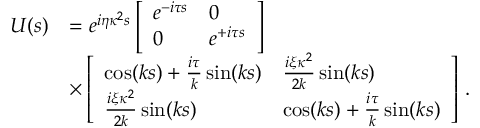
\begin{array} { r l } { U ( s ) } & { = e ^ { i \eta \kappa ^ { 2 } s } \left[ \begin{array} { l l } { e ^ { - i \tau s } } & { 0 } \\ { 0 } & { e ^ { + i \tau s } } \end{array} \right] } \\ & { \times \left[ \begin{array} { l l } { \cos ( k s ) + \frac { i \tau } { k } \sin ( k s ) } & { \frac { i \xi \kappa ^ { 2 } } { 2 k } \sin ( k s ) } \\ { \frac { i \xi \kappa ^ { 2 } } { 2 k } \sin ( k s ) } & { \cos ( k s ) + \frac { i \tau } { k } \sin ( k s ) } \end{array} \right] \, . } \end{array}